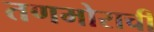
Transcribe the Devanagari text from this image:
तणमोराची